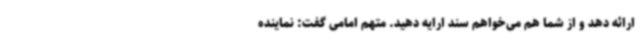
ارائه دهد و از شما هم می‌خواهم سند ارایه دهید. متهم امامی گفت: نماینده